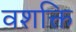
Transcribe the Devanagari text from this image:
वशक्ति